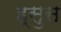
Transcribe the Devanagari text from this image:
ह्सुस